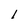
Character: l